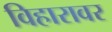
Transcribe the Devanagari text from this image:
विहारावर